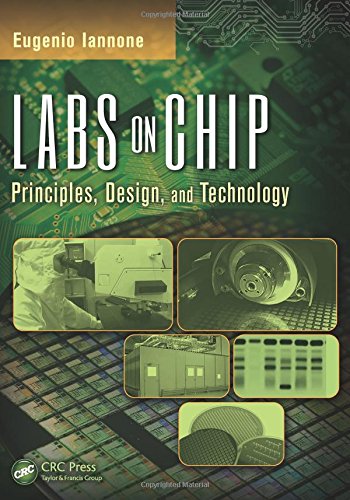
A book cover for Labs on Chip: Principles, Design and Technology (Devices, Circuits, and Systems); Eugenio Iannone; Science & Math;